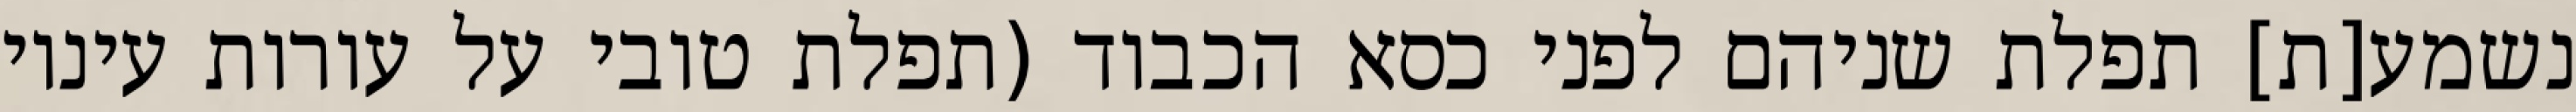
נשמע[ת] תפלת שניהם לפני כסא הכבוד (תפלת טובי על עורות עיניו